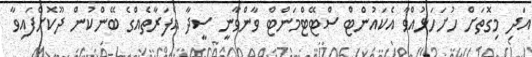
އަދި މިގޮތަށް ހުށަހަޅުއްވާ އެކައުންޓް ސްޓޭޓްމަންޓް ވާންވާނީ ސީދާ އެފަރާތެއްގެ ބޭންކުން ދޫކޮށްފައިވާ